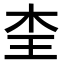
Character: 𭩜